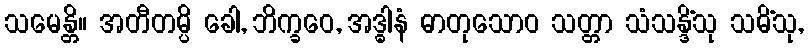
သမေန္တိ။ အတီတမ္ပိ ခေါ, ဘိက္ခဝေ, အဒ္ဓါနံ ဓာတုသောဝ သတ္တာ သံသန္ဒိံသု သမိံသု,